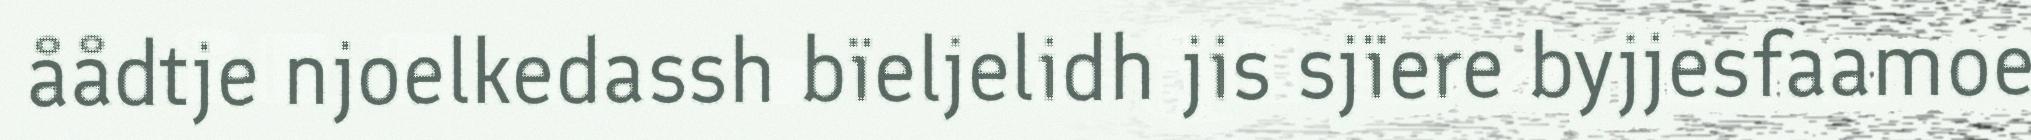
åådtje njoelkedassh bïeljelidh jis sjïere byjjesfaamoe